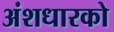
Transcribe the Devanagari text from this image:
अंशधारको